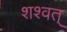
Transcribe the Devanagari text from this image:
शश्वत्